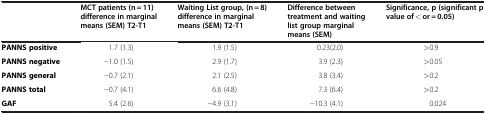
<table><thead><tr><td><b> </b></td><td><b>MCT patients (n = 11)difference in marginal means (SEM) T2-T1</b></td><td><b>Waiting List group, (n = 8)difference in marginal means (SEM) T2-T1</b></td><td><b>Difference between treatment and waiting list group marginal means (SEM)</b></td><td><b>Significance, p (significant p value of &lt; or = 0.05)</b></td></tr></thead><tbody><tr><td><b>PANNS positive</b></td><td>1.7 (1.3)</td><td>1.9 (1.5)</td><td>0.23(2.0)</td><td>&gt;0.9</td></tr><tr><td><b>PANNS negative</b></td><td>−1.0 (1.5)</td><td>2.9 (1.7)</td><td>3.9 (2.3)</td><td>&gt;0.05</td></tr><tr><td><b>PANNS general</b></td><td>−0.7 (2.1)</td><td>2.1 (2.5)</td><td>3.8 (3.4)</td><td>&gt;0.2</td></tr><tr><td><b>PANNS total</b></td><td>−0.7 (4.1)</td><td>6.6 (4.8)</td><td>7.3 (6.4)</td><td>&gt;0.2</td></tr><tr><td><b>GAF</b></td><td>5.4 (2.6)</td><td>−4.9 (3.1)</td><td>−10.3 (4.1)</td><td>0.024</td></tr></tbody></table>